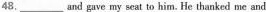
48.___and gave my seat to him.He thanked me and